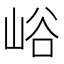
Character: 峪